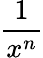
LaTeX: \frac{1}{x^{n}}